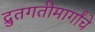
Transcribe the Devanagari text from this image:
द्रुतगतीमार्गांचे